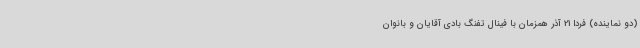
(دو نماینده) فردا 21 آذر همزمان با فینال تفنگ بادی آقایان و بانوان